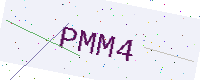
Text: PMM4